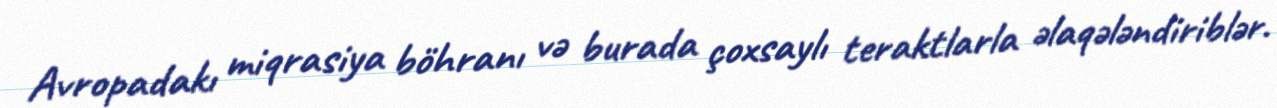
Avropadakı miqrasiya böhranı və burada çoxsaylı teraktlarla əlaqələndiriblər.